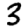
Digit: 3